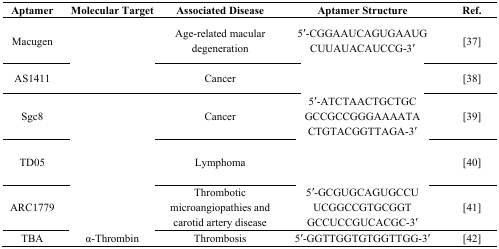
<table><thead><tr><td><b>Aptamer</b></td><td><b>Molecular Target</b></td><td><b>Associated Disease</b></td><td><b>Aptamer Structure</b></td><td><b>Ref.</b></td></tr></thead><tbody><tr><td>Macugen</td><td>[EMPTY_CELL]</td><td>Age-related macular degeneration</td><td>5′-CGGAAUCAGUGAAUGCUUAUACAUCCG-3′</td><td>[37]</td></tr><tr><td>AS1411</td><td>[EMPTY_CELL]</td><td>Cancer</td><td>[EMPTY_CELL]</td><td>[38]</td></tr><tr><td>Sgc8</td><td>[EMPTY_CELL]</td><td>Cancer</td><td>5′-ATCTAACTGCTGCGCCGCCGGGAAAATACTGTACGGTTAGA-3′</td><td>[39]</td></tr><tr><td>TD05</td><td>[EMPTY_CELL]</td><td>Lymphoma</td><td>[EMPTY_CELL]</td><td>[40]</td></tr><tr><td>ARC1779</td><td>[EMPTY_CELL]</td><td>Thrombotic microangiopathies and carotid artery disease</td><td>5′-GCGUGCAGUGCCUUCGGCCGTGCGGTGCCUCCGUCACGC-3′</td><td>[41]</td></tr><tr><td>TBA</td><td>α-Thrombin</td><td>Thrombosis</td><td>5′-GGTTGGTGTGGTTGG-3′</td><td>[42]</td></tr></tbody></table>